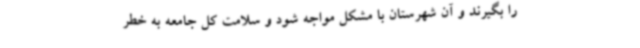
را بگیرند و آن شهرستان با مشکل مواجه شود و سلامت کل جامعه به خطر